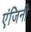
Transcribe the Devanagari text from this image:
एंजिनी